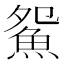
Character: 𱆪